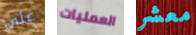
على العمليات معشر